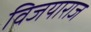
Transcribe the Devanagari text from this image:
विजयाराज